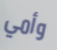
وأمي